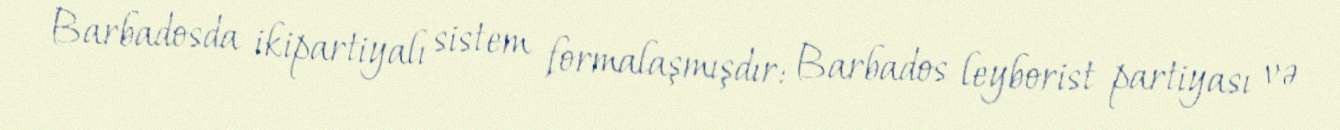
Barbadosda ikipartiyalı sistem formalaşmışdır: Barbados leyborist partiyası və